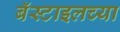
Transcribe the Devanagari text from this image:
बॅस्टाइलच्या